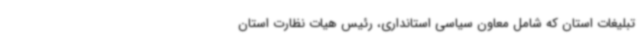
تبلیغات استان که شامل معاون سیاسی استانداری، رئیس هیات نظارت استان